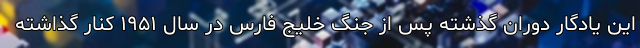
این یادگار دوران گذشته پس از جنگ خلیج فارس در سال ۱۹۵۱ کنار گذاشته